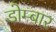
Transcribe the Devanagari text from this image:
डोम्बार